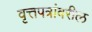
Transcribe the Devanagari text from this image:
वृत्तपत्रांवरील